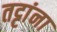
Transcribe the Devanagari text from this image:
तट्टांना